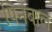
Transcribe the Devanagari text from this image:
पिनबाल